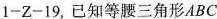
1-Z-19，已知等腰三角形ABC